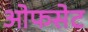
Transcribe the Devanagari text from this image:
ओफसेट